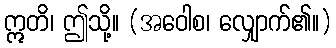
ဣတိ၊ ဤသို့။ (အဝေါစ၊ လျှောက်၏။)